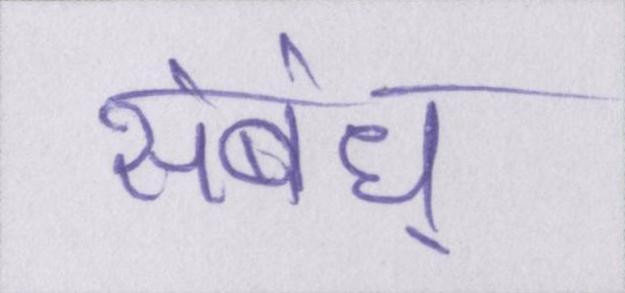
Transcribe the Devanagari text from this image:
संबंध्